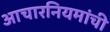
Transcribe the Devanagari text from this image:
आचारनियमांची